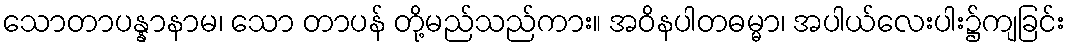
သောတာပန္နာနာမ၊ သော တာပန် တို့မည်သည်ကား။ အဝိနပါတဓမ္မာ၊ အပါယ်လေးပါး၌ကျခြင်း